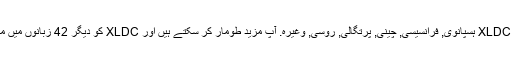
واپسی کے طور پر ، ہم کی مخفف کا ترجمہ کیا ہے XLDC ہسپانوی, فرانسیسی, چینی, پرتگالی, روسی, وغیرہ. آپ مزید طومار کر سکتے ہیں اور XLDC کو دیگر 42 زبانوں میں معنی تلاش کرنے کے لیے زبان مینیو پر کلک کریں ۔